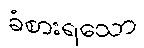
ခံစားရသော